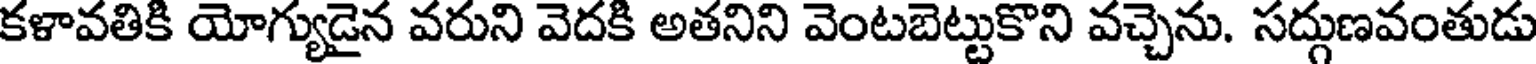
కళావతికి యోగ్యుడైన వరుని వెదకి అతనిని వెంటబెట్టుకొని వచ్చెను. సద్గుణవంతుడు